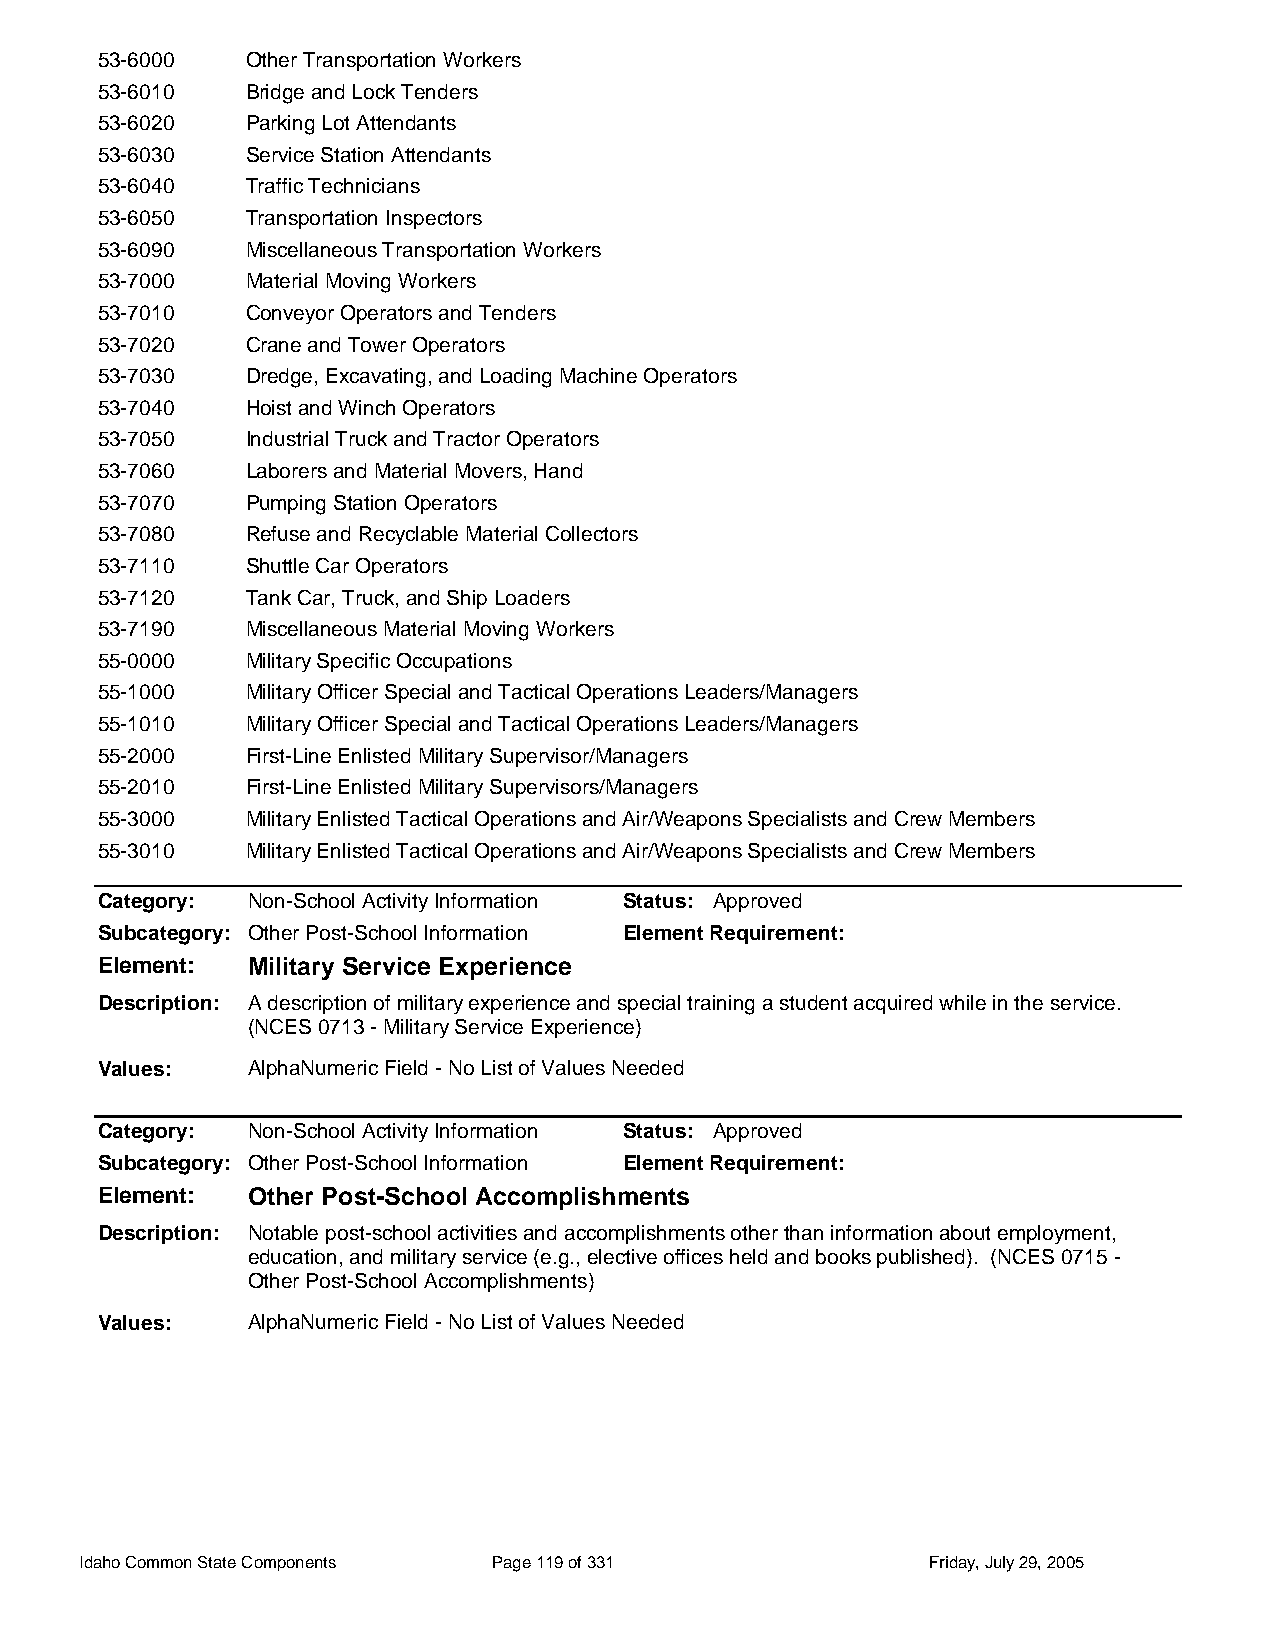
53-6000   Other Transportation Workers
 53-6010   Bridge and Lock Tenders
 53-6020   Parking Lot Attendants
 53-6030   Service Station Attendants
 53-6040   Traffic Technicians
 53-6050   Transportation Inspectors
 53-6090   Miscellaneous Transportation Workers
 53-7000   Material Moving Workers
 53-7010   Conveyor Operators and Tenders
 53-7020   Crane and Tower Operators
 53-7030   Dredge, Excavating, and Loading Machine Operators
 53-7040   Hoist and Winch Operators
 53-7050   Industrial Truck and Tractor Operators
 53-7060   Laborers and Material Movers, Hand
 53-7070   Pumping Station Operators
 53-7080   Refuse and Recyclable Material Collectors
 53-7110   Shuttle Car Operators
 53-7120   Tank Car, Truck, and Ship Loaders
 53-7190   Miscellaneous Material Moving Workers
 55-0000   Military Specific Occupations
 55-1000   Military Officer Special and Tactical Operations Leaders/Managers
 55-1010   Military Officer Special and Tactical Operations Leaders/Managers
 55-2000   First-Line Enlisted Military Supervisor/Managers
 55-2010   First-Line Enlisted Military Supervisors/Managers
 55-3000   Military Enlisted Tactical Operations and Air/Weapons Specialists and Crew Members
 55-3010   Military Enlisted Tactical Operations and Air/Weapons Specialists and Crew Members
 Category: Non-School Activity Information Status: Approved
 Subcategory: Other Post-School Information Element Requirement:
 Element:  Military Service Experience
 Description: A description of military experience and special training a student acquired while in the service.
 (NCES 0713 - Military Service Experience)
 Values:   AlphaNumeric Field - No List of Values Needed
 Category: Non-School Activity Information Status: Approved
 Subcategory: Other Post-School Information Element Requirement:
 Element:  Other Post-School Accomplishments
 Description: Notable post-school activities and accomplishments other than information about employment,
 education, and military service (e.g., elective offices held and books published). (NCES 0715 -
 Other Post-School Accomplishments)
 Values:   AlphaNumeric Field - No List of Values Needed
 Idaho Common State Components Page 119 of 331           Friday, July 29, 2005